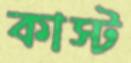
কাস্ট